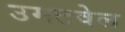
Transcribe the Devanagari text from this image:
उमटवेल